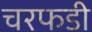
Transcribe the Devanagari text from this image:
चरफडी